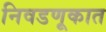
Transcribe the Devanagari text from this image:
निवडणूकात